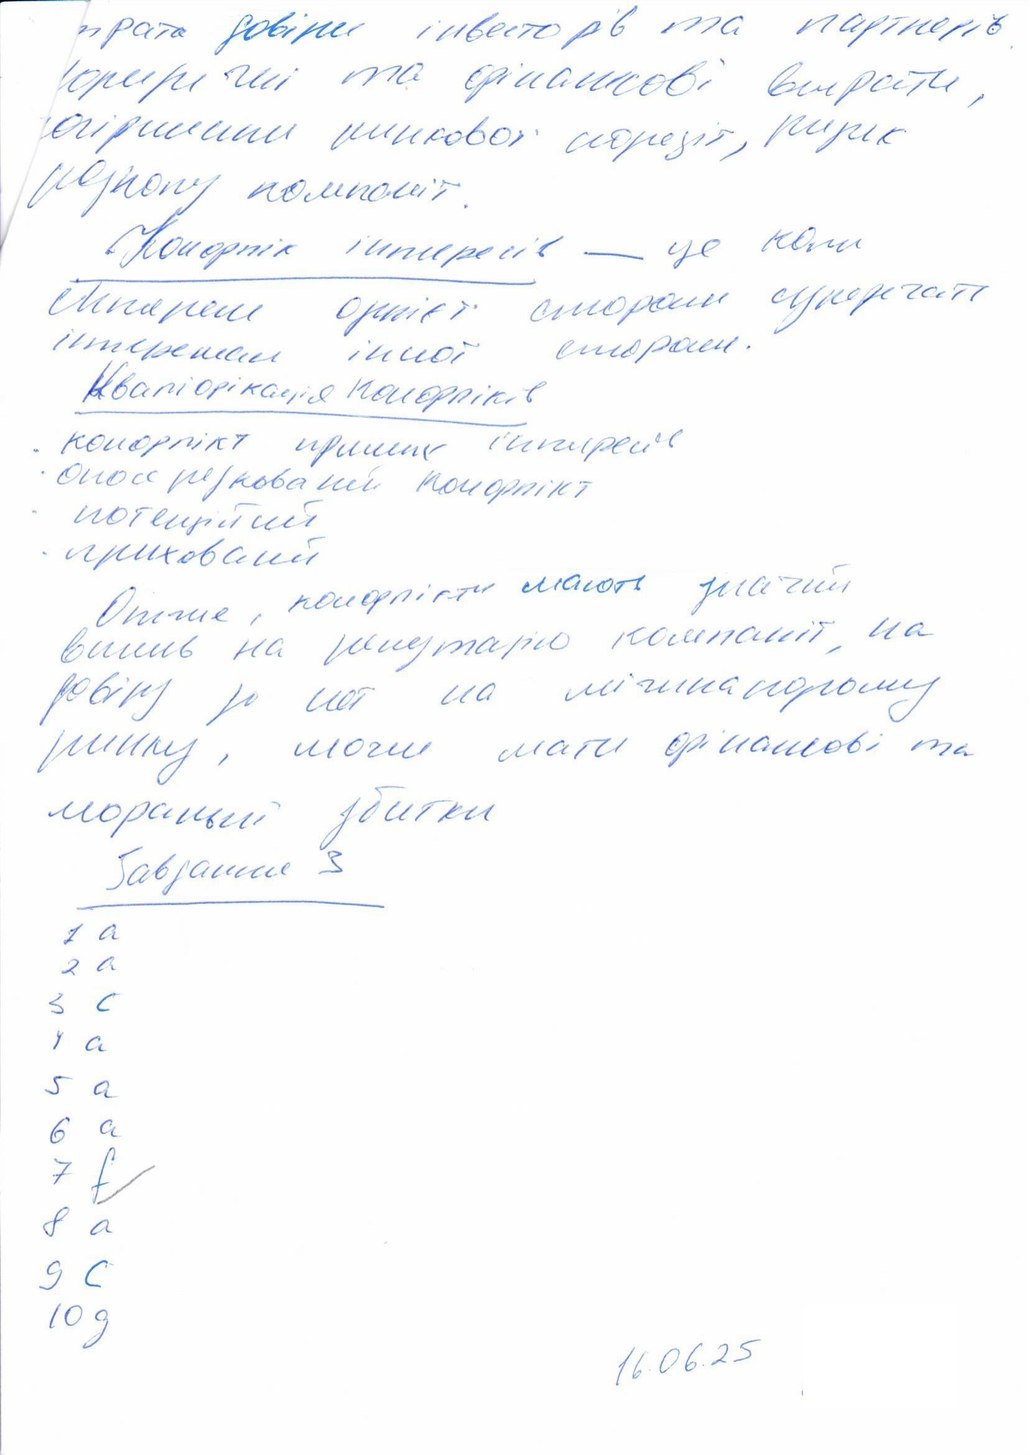
втрата довіри інвесторів та партнерів.
юридичні та фінансові витрати,
погіршення ринкової позиції, ризик
некому помнить.
Конфлікт інтересів — це коли
інтереси однієї сторони суперечать
інтересам іншої сторони.
Кваліфікація конфліктів
конфлікт прямих інтересів
опосередкований конфлікт
потенційний
прихований
Отже, конфлікт мають значний
вплив на репутарію компанії, на
довіру до неї на міжнародному
ринку, могли мати фінансові та
моральні збитки
Завдання 3
1 a
2 a
3 c
4 a
5 a
6 a
7 f
8 a
9 c
10 g
16.06.25